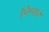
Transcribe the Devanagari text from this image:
पिणार